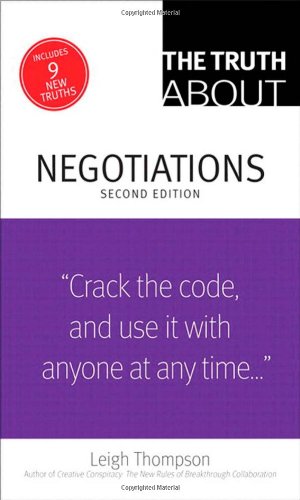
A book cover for The Truth About Negotiations (2nd Edition); Leigh Thompson; Business & Money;